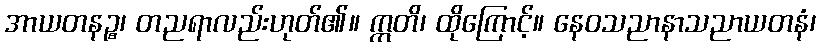
အာယတနဉ္စ၊ တညရာလည်းဟုတ်၏။ ဣတိ၊ ထိုကြောင့်။ နေဝသညာနာသညာယတနံ၊